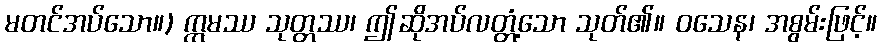
မတင်အပ်သော။) ဣမဿ သုတ္တဿ၊ ဤဆိုအပ်လတ္တံ့သော သုတ်၏။ ဝသေန၊ အစွမ်းဖြင့်။